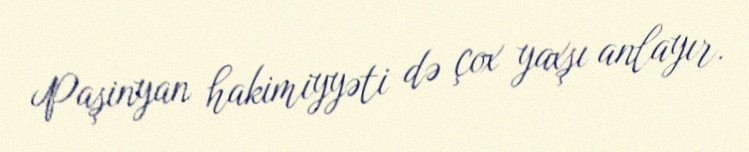
Paşinyan hakimiyyəti də çox yaxşı anlayır.